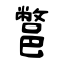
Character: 鄨